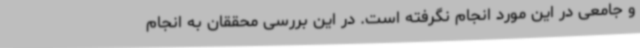
و جامعی در این مورد انجام نگرفته است. در این بررسی محققان به انجام